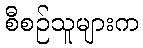
စီစဉ်သူများက